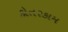
કોતરકામ